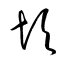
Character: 彭